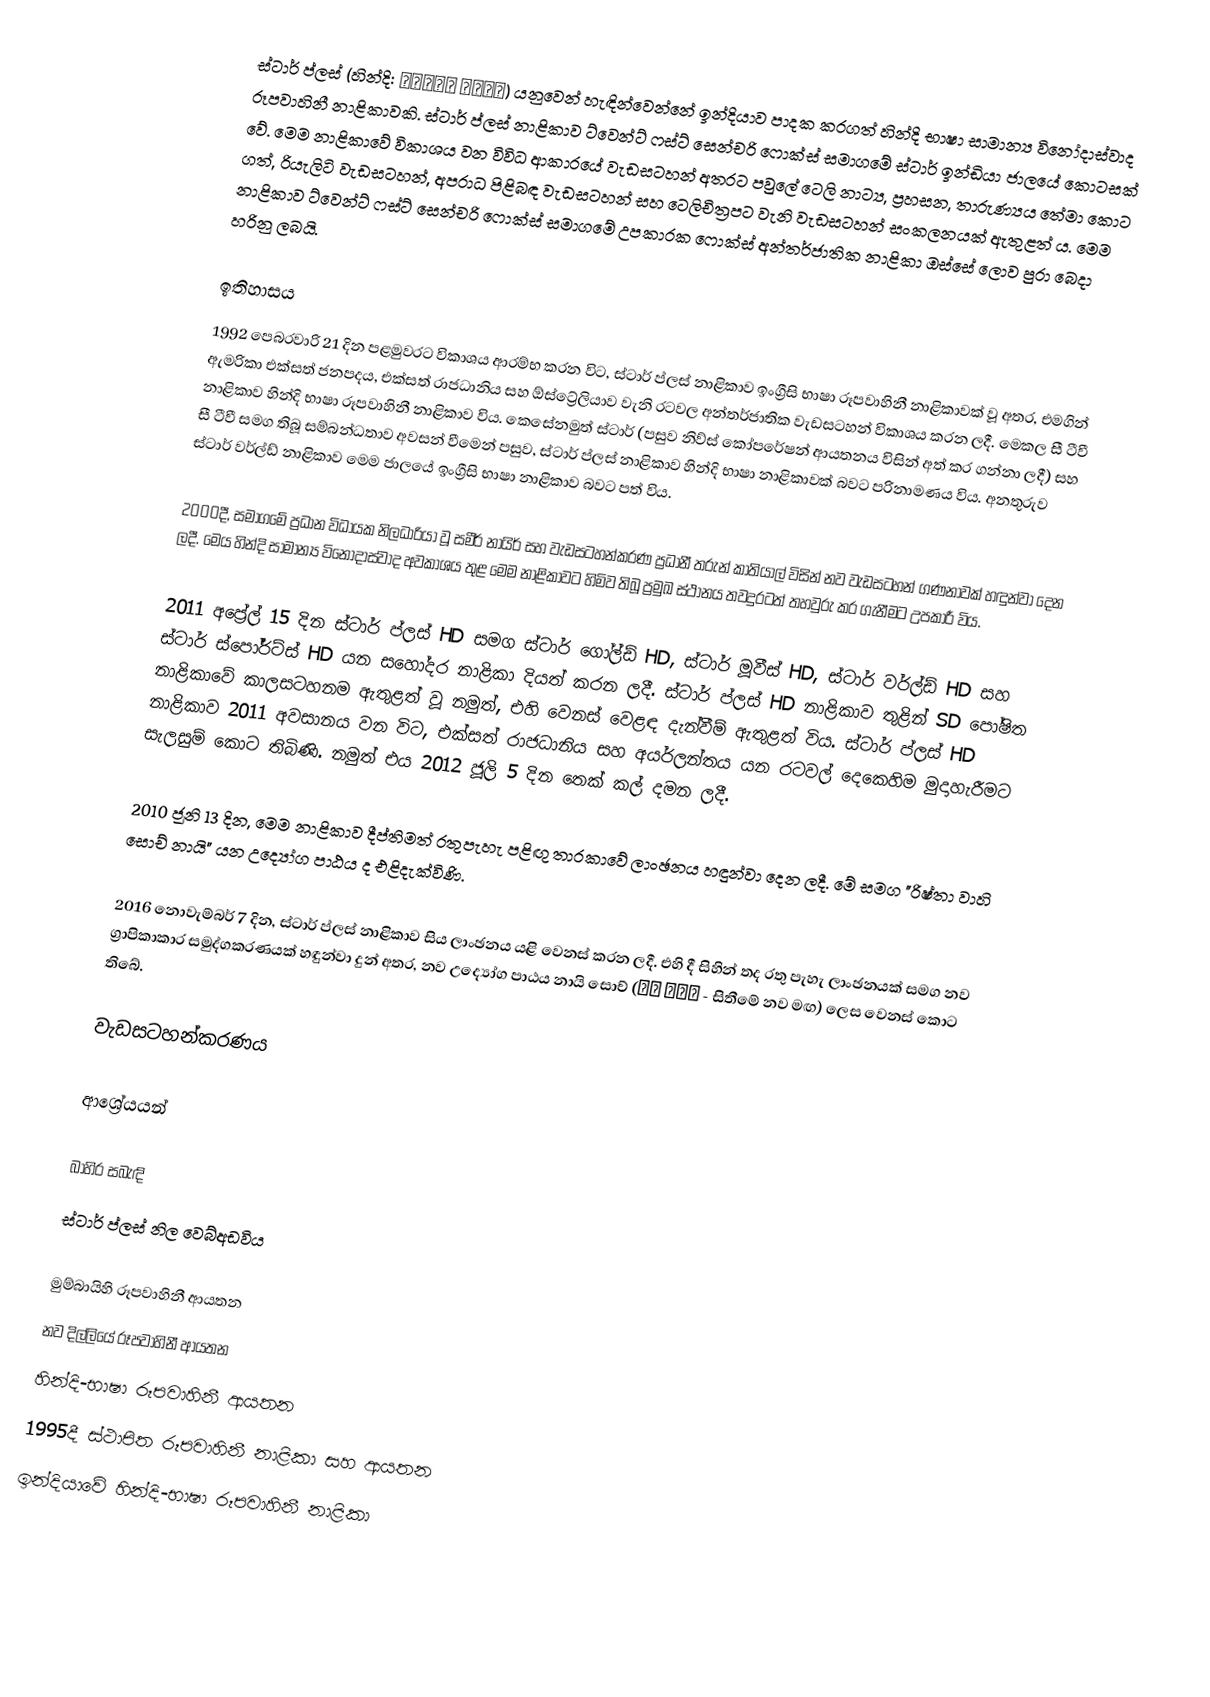
ස්ටාර් ප්ලස් (හින්දි: स्टार प्लस) යනුවෙන් හැඳින්වෙන්නේ ඉන්දියාව පාදක කරගත් හින්දි භාෂා සාමාන්‍ය විනෝදාස්වාද රූපවාහිනී නාළිකාවකි. ස්ටාර් ප්ලස් නාළිකාව ට්වෙන්ට් ‍ෆස්ට් සෙන්චරි ෆොක්ස් සමාගමේ ස්ටාර් ඉන්ඩියා ජාලයේ කොටසක් වේ. මෙම නාළිකාවේ විකාශය වන විවිධ ආකාරයේ වැඩසටහන් අතරට පවුලේ ටෙලි නාට්‍ය, ප්‍රහසන, තාරුණ්‍යය තේමා කොට ගත්, රියැලිටි වැඩසටහන්, අපරාධ පිළිබඳ වැඩසටහන් සහ ටෙලිචිත්‍රපට වැනි වැඩසටහන් සංකලනයක් ඇතුළත් ය. මෙම නාළිකාව ට්වෙන්ට් ෆස්ට් සෙන්චරි ෆොක්ස් සමාගමේ උපකාරක ෆොක්ස් අන්තර්ජාතික නාළිකා ඔස්සේ ලොව පුරා බෙදා හරිනු ලබයි.

ඉතිහාසය
1992 පෙබරවාරි 21 දින පළමුවරට විකාශය ආරම්භ කරන විට, ස්ටාර් ප්ලස් නාළිකාව ඉංග්‍රීසි භාෂා රූපවාහිනී නාළිකාවක් වූ අතර, එමගින් ඇමරිකා එක්සත් ජනපදය, එක්සත් රාජධානිය සහ ඕස්ට්‍රේලියාව වැනි රටවල අන්තර්ජාතික වැඩසටහන් විකාශය කරන ලදී. මෙකල සී ටීවී නාළිකාව හින්දි භාෂා රූපවාහිනී නාළිකාව විය. කෙසේනමුත් ස්ටාර් (පසුව නිව්ස් කෝපරේෂන් ආයතනය විසින් අත් කර ගන්නා ලදී) සහ සී ටීවී සමග තිබූ සම්බන්ධතාව අවසන් වීමෙන් පසුව, ස්ටාර් ප්ලස් නාළිකාව හින්දි භාෂා නාළිකාවක් බවට පරිනාමණය විය. අනතුරුව ස්ටාර් වර්ල්ඩ් නාළිකාව මෙම ජාලයේ ඉංග්‍රීසි භාෂා නාළිකාව බවට පත් විය.

2000දී, සමාගමේ ප්‍රධාන විධායක නිලධාරියා වූ සමීර් නායිර් සහ වැඩසටහන්කරණ ප්‍රධානී තරුන් කාතියාල් විසින් නව වැඩසටහන් ගණනාවක් හඳුන්වා දෙන ලදී. මෙය හින්දි සාමාන්‍ය විනෝදාස්වාද අවකාශය තුළ මෙම නාළිකාවට හිමිව තිබූ ප්‍රමුඛ ස්ථානය තවදුරටත් තහවුරු කර ගැනීමට උපකාරී විය.

2011 අප්‍රේල් 15 දින ස්ටාර් ප්ලස් HD සමග ස්ටාර් ගෝල්ඩ් HD, ස්ටාර් මූවීස් HD, ස්ටාර් වර්ල්ඩ් HD සහ ස්ටාර් ස්පෝර්ට්ස් HD යන සහෝදර නාළිකා දියත් කරන ලදී. ස්ටාර් ප්ලස් HD නාළිකාව තුළින් SD පෝෂිත නාළිකාවේ කාලසටහනම ඇතුළත් වූ නමුත්, එහි වෙනස් වෙළඳ දැන්වීම් ඇතුළත් විය. ස්ටාර් ප්ලස් HD නාළිකාව 2011 අවසානය වන විට, එක්සත් රාජධානිය සහ අයර්ලන්තය යන රටවල් දෙකෙහිම මුදාහැරීමට සැලසුම් කොට තිබිණි. නමුත් එය 2012 ජූලි 5 දින තෙක් කල් දමන ලදී.

2010 ජූනි 13 දින, මෙම නාළිකාව දීප්තිමත් රතුපැහැ පළිඟු තාරකාවේ ලාංඡනය හඳුන්වා දෙන ලදී. මේ සමග "රිෂ්තා වාහි සොච් නායි" යන උද්‍යෝග පාඨය ද එළිදැක්විණි.

2016 නොවැම්බර් 7 දින, ස්ටාර් ප්ලස් නාළිකාව සිය ලාංඡනය යළි වෙනස් කරන ලදී. එහි දී සිහින් තද රතු පැහැ ලාංඡනයක් සමග නව ග්‍රාපිකාකාර සමුද්ගකරණයක් හඳුන්වා දුන් අතර, නව උද්‍යෝග පාඨය නායි සොච් (नई सोच - සිතීමේ නව මඟ) ලෙස වෙනස් කොට තිබේ.

වැඩසටහන්කරණය

ආශ්‍රේයයන්

බාහිර සබැඳි
 ස්ටාර් ප්ලස් නිල වෙබ්අඩවිය

මුම්බායිහි රූපවාහිනී ආයතන
නව දිල්ලියේ රූපවාහිනී ආයතන
හින්දි-භාෂා රූපවාහිනී ආයතන
1995දී ස්ථාපිත රූපවාහිනී නාළිකා සහ ආයතන
ඉන්දියා‍වේ හින්දි-භාෂා රූපවාහිනී නාළිකා